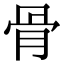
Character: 骨